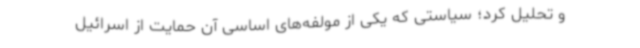
و تحلیل کرد؛ سیاستی که یکی از مولفه‌های اساسی آن حمایت از اسرائیل